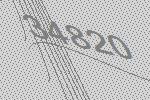
34820